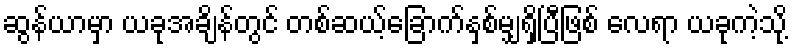
ဆွန်ယာမှာ ယခုအချိန်တွင် တစ်ဆယ့်ခြောက်နှစ်မျှရှိပြီဖြစ် လေရာ ယခုကဲ့သို့